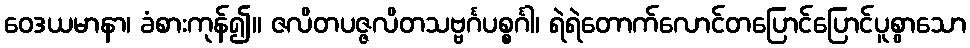
ဝေဒယမာနာ၊ ခံစားကုန်၍။ ဇလိတပဇ္ဇလိတသဗ္ဗင်္ဂပစ္စင်္ဂါ၊ ရဲရဲတောက်လောင်တပြောင်ပြောင်ပူစွာသော